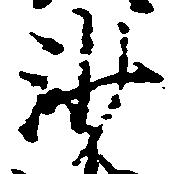
沙